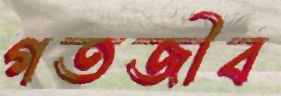
গতজীব